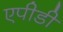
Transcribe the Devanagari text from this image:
एपीडी